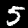
Label: 5